Account of plague administration in the Bombay Presidency from September 1896 till May 1897
Year: 1896
Disease focus: Plague
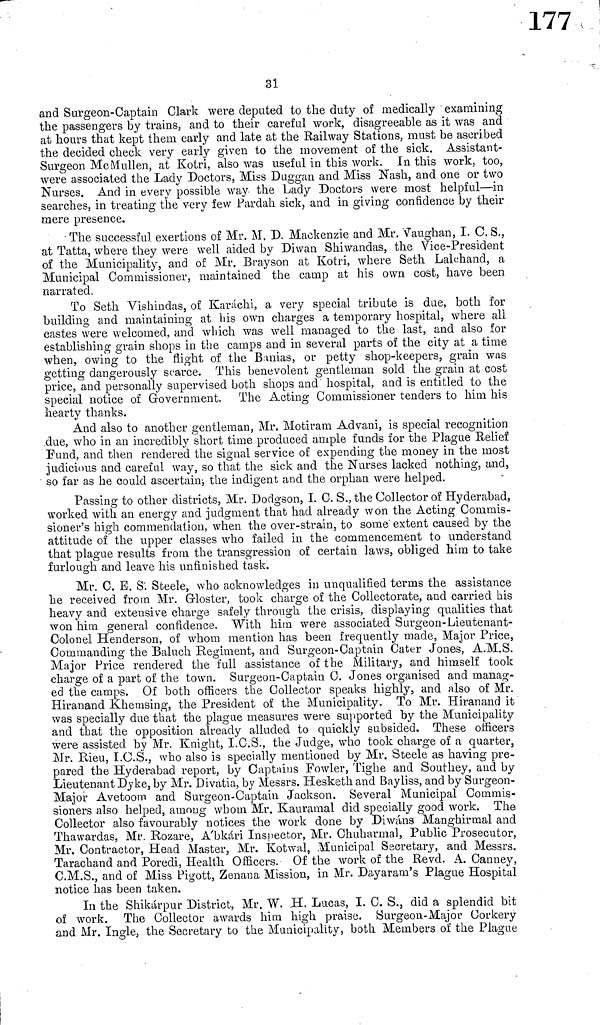
3l
and Surgeon-Captain Clark were deputed to the duty of medically examining
the passengers by trains, and to their careful work, disagreeable as it was and
at hours that kept them early and late at the Railway Stations, must be ascribed
the decided check very early given to the movement of the sick. Assistant-
Surgeon MeMullen, at Kotri, also was useful in this work. In this work, too,
were associated the Lady Doctors, Miss Duggan and Miss Nash, and one or two
Nurses. And in every possible way the Lady Doctors were most helpful—in
searches, in treating the very few Pardah sick, and in giving confidence by their
mere presence.
The successful exertions of Mr. M. D. Mackenzie and Mr. Vaughan, I. C. S.,
at Tatta, where they were well aided by Diwan Shiwandas, the Vice-Président
of the Municipality, and of Mr. Brayson at Kotri, where Seth Lalchand, a
Municipal Commissioner, maintained the camp at his own cost, have been
narrated.
To Seth Vishindas, of Karachi, a very special tribute is due, both for
building and maintaining at his own charges a temporary hospital, where all
castes were welcomed, and which was well managed to the last, and also for
establishing grain shops in the camps and in several parts of the city at a time
when, owing to the flight of the Banias, or petty shop-keepers, grain was
getting dangerously scarce. This benevolent gentleman sold the grain at cost
price, and personally supervised both shops and hospital, and is entitled to the
special notice of Government. The Acting Commissioner tenders to him his
hearty thanks.
And also to another gentleman, Mr, Motiram Advani, is special recognition
due, who in an incredibly short time produced ample funds for the Plague Relief
Fund, and then rendered the signal service of expending the money in the most
judicious and careful way, so that the sick and the Nurses lacked nothing, and,
so far as he could ascertain; the indigent and the orphan were helped.
Passing to other districts, Mr. Dodgson, I. C. S., the Collector of Hyderabad,
worked with an energy and judgment that had already won the Acting Commis-
sioner's high commendation, when the over-strain, to some extent caused by the
attitude of the upper classes who failed in the commencement to understand
that plague results from the transgression of certain laws, obliged him to take
furlough and leave his unfinished task.
Mr. C. E. S. Steele, who acknowledges in unqualified terms the assistance
he received from Mr. Gloster, took charge of the Collectorate, and carried his
heavy and extensive charge safely through the crisis, displaying qualities that
won him general confidence. With him were associated Surgeon-Lieutenant-
Colonel Henderson, of whom mention has been frequently made, Major Price,
Commanding the Baluch Regiment, and Surgeon-Captain Cater Jones, A.M.S.
Major Price rendered the full assistance of the Military, and himself took
charge of a part of the town. Surgeon-Captain 0. Jones organised and manag-
ed the camps. Of both officers the Collector speaks highly, and also of Mr.
Hiranand Khemsing, the President of the Municipality. To Mr. Hiranand it
was specially due that the plague measures were supported by the Municipality
and that the opposition already alluded to quickly subsided. These officers
were assisted by Mr. Knight, I.C.S., the Judge, who took charge of a quarter,
Mr. Rieu, I.C.S., who also is specially mentioned by Mr. Steele as having pre-
pared the Hyderabad report, by Captains Fowler, Tighe and Southey, and by
Lieutenant Dyke, by Mr. Divatia, by Messrs. Heskath and Bayliss, and by Surgeon-
Major Avetoom and Surgeon-Captain Jackson. Several Municipal Commis-
sioners also helped, among whom Mr. Kauramal did specially good work. The
Collector also favourably notices the work done by Diwans Manghirmal and
Thawardas, Mr. Rozare, A'bkári Inspector, Mr. Chuharmal, Public Prosecutor,
Mr. Contractor, Head Master, Mr. Kotwal, Municipal Secretary, and Messrs.
Tarachand and Poredi, Health Officers. Of the work of the Revd. A. Canney,
C.M.S., and of Miss Pigott, Zenana Mission, in Mr. Dayaram's Plague Hospital
notice has been taken.
In the Shikárpur District, Mr. W. ,H. Lucas, I. C. S., did a splendid bit
of work. The Collector awards him high praise. Surgeon-Major Corkery
and Mr. Ingle, the Secretary to the
both Members of the Plague